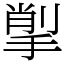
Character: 揱